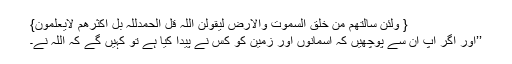
{ وَلَئِنْ سَاَلْتَھُمْ مَّنْ خَلَقَ السَّمٰوٰتِ وَالْاَرْضَ لَیَقُوْلُنَّ اللہُ قُلِ الْحَمْدُلِلٰہِ بَلْ اَکْثَرُھُمْ لَایَعْلَمُوْنَ}
’’اور اگر آپ ان سے پوچھیں کہ آسمانوں اور زمین کو کس نے پیدا کیا ہے تو کہیں گے کہ اللہ نے۔